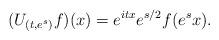
LaTeX: \begin{align*} (U_{(t,e^s)}f)(x) = e^{itx} e^{s/2} f(e^sx).\end{align*}